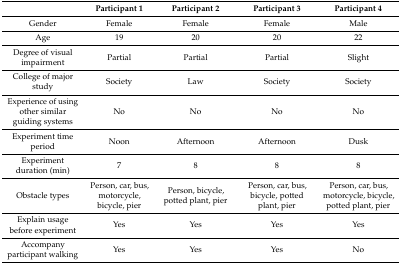
|  | Participant 1 | Participant 2 | Participant 3 | Participant 4 |
 | --- | --- | --- | --- | --- |
 | Gender | Female | Female | Female | Male |
 | Age | 19 | 20 | 20 | 22 |
 | Degree of visual impairment | Partial | Partial | Partial | Slight |
 | College of major study | Society | Law | Society | Society |
 | Experience of using other similar guiding systems | No | No | No | No |
 | Experiment time period | Noon | Afternoon | Afternoon | Dusk |
 | Experiment duration (min) | 7 | 8 | 8 | 8 |
 | Obstacle types | Person, car, bus, motorcycle, bicycle, pier | Person, bicycle, potted plant, pier | Person, car, bus, bicycle, potted plant, pier | Person, car, bus, motorcycle, bicycle, potted plant, pier |
 | Explain usage before experiment | Yes | Yes | Yes | Yes |
 | Accompany participant walking | Yes | Yes | Yes | No |